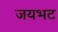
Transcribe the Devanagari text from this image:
जयभट